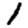
Digit: 1